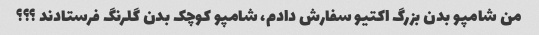
من شامپو بدن بزرگ اکتیو سفارش دادم، شامپو کوچک بدن گلرنگ فرستادند ؟؟؟